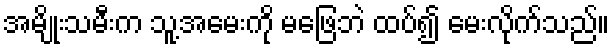
အမျိုးသမီးက သူ့အမေးကို မဖြေဘဲ ထပ်၍ မေးလိုက်သည်။